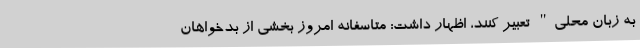
به زبان محلی" تعبیر کنند، اظهار داشت: متاسفانه امروز بخشی از بدخواهان